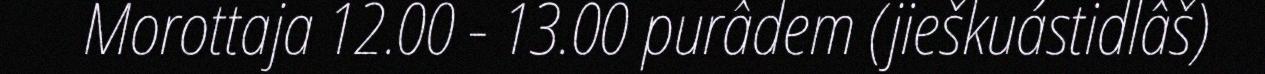
Morottaja 12.00 - 13.00 purâdem (jieškuástidlâš)